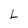
Character: L